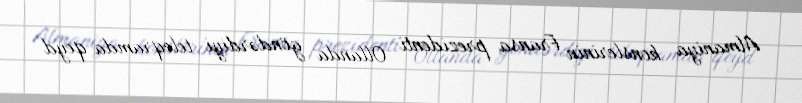
Almaniya konslerinin Fransa prezidenti Ollanda göndərdiyi teleqramda qeyd